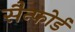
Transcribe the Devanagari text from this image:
सैन्फोर्ड